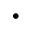
\cdot